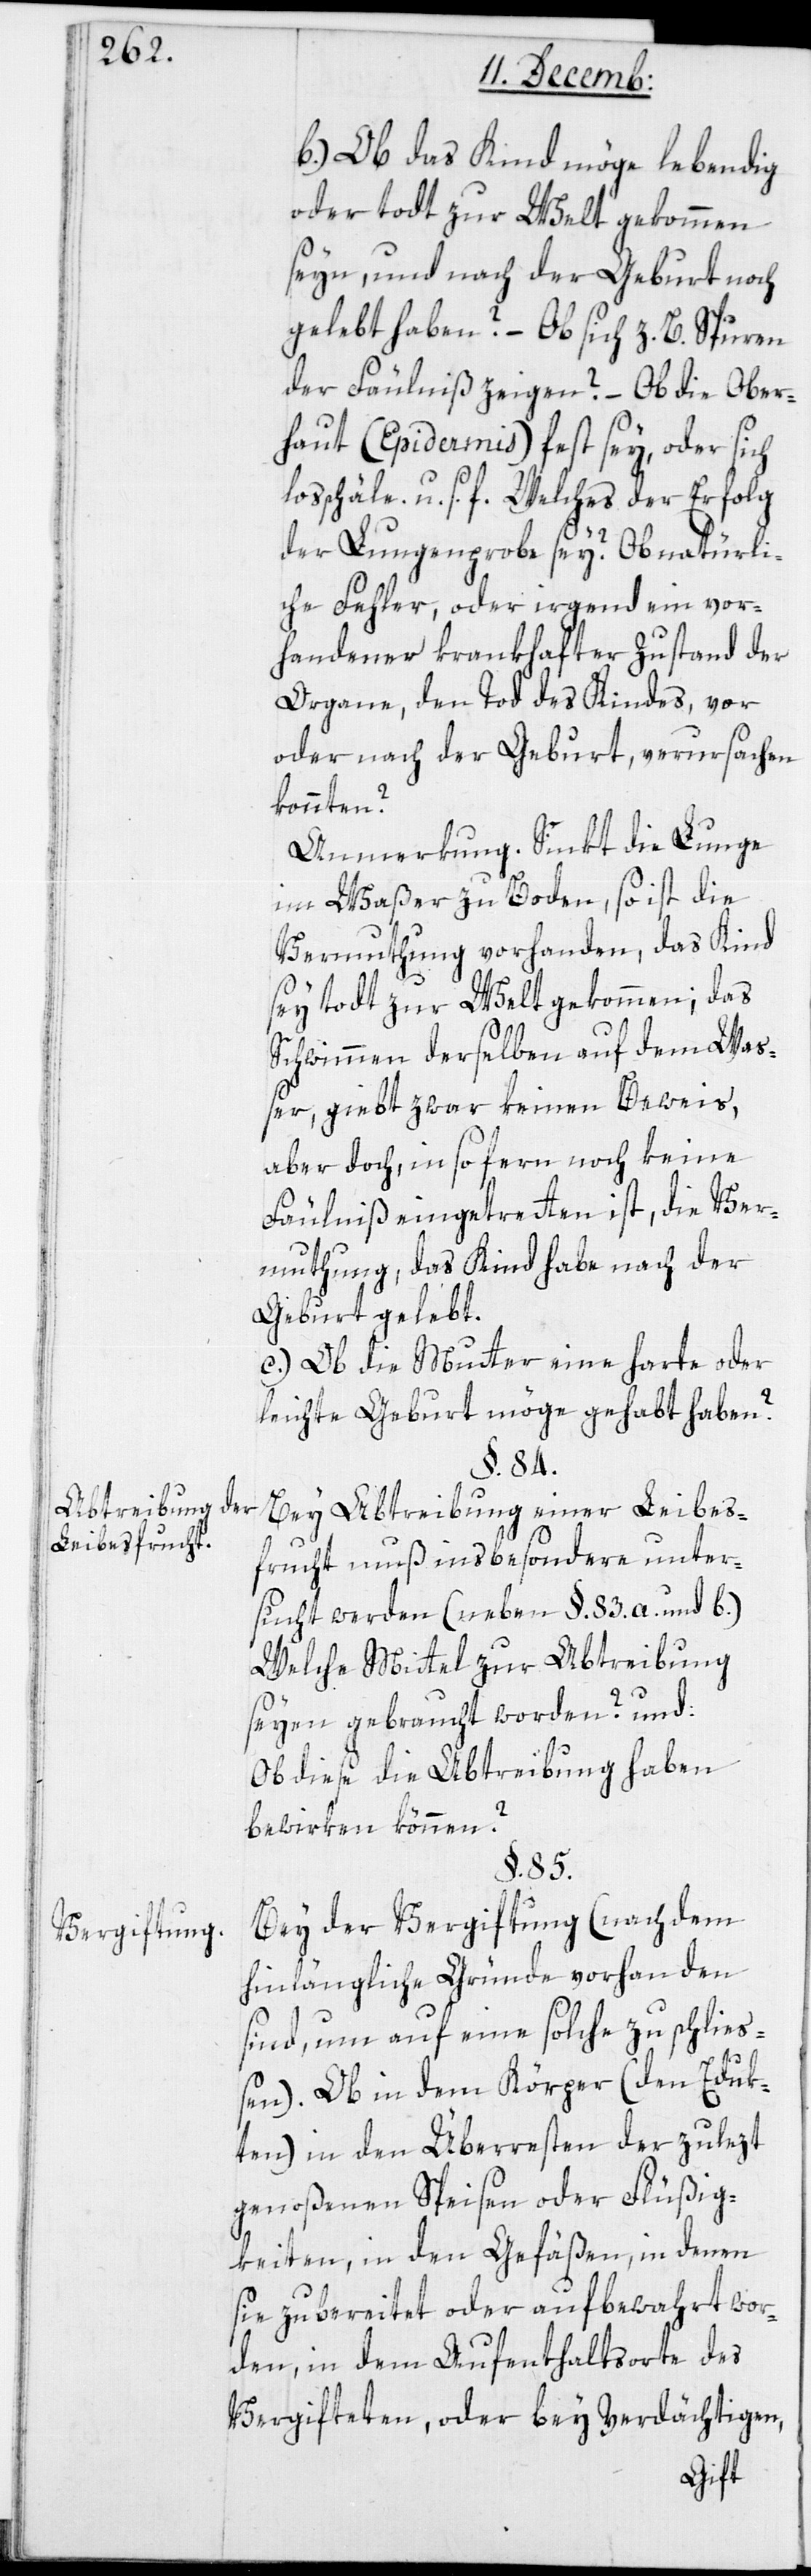
Abtreibung der
Leibesfrucht.
Vergiftung.

b.) Ob das Kind möge lebendig
oder todt zur Welt gekommen
seyn, und nach der Geburt noch
gelebt habe? – Ob sich z.B. Spuren
der Fäulniß zeigen? – Ob die Ober¬
haut (Epidermis) fest sey oder sich
losschäle u. s. f. Welches der Erfolg
der Lungenprobe sei? Ob natürli¬
che Fehler oder irgend ein vor¬
handener krankhafter Zustand der
Organe, den Tod des Kindes vor
oder nach der Geburt verursachen
könnten?
Anmerkung. Sinkt die Lunge
im Waßer zu Boden, so ist die
Vermuthung vorhanden, das Kind
sey todt zur Welt gekommen; das
Schwimmen derselben auf dem Wa¬
ßer, gibt zwar keinen Beweis,
aber doch, insofern noch keine
Fäulniß eingetreten ist, die Ver¬
muthung, das Kind habe nach der
Geburt gelebt.
c.) Ob die Mutter eine harte oder
leichte Geburt möge gehabt haben?
§. 84.
Bei Abtreibung einer Leibes¬
frucht muß insbesondere unter¬
sucht werden (neben §. 83. a. und b.),
welche Mittel zur Abtreibung
seyen gebraucht worden? und:
ob diese Abtreibung haben
bewirken können?
§. 85.
Bei der Vergiftung (nach dem
hinlängliche Gründe vorhanden
sind, um auf eine solche zu schlie¬
ßen). Ob in dem Körper (den Eduk¬
ten) in den Überresten der zulezt
genoßenen Speisen oder Flüßig¬
keiten, in den Gefäßen, in denen
sie zubereitet oder aufbewahrt wor¬
den, in dem Aufenthaltsorte des
Vergifteten, oder bey Verdächtigen,